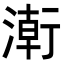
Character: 𭱸